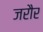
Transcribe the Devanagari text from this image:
जरौर